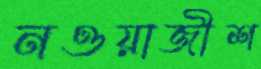
নওয়াজীশ